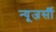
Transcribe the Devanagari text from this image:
न्‍यूजर्सी